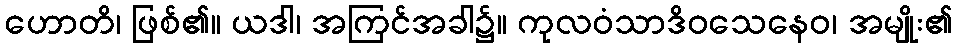
ဟောတိ၊ ဖြစ်၏။ ယဒါ၊ အကြင်အခါ၌။ ကုလဝံသာဒိဝသေနေဝ၊ အမျိုး၏